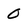
Character: 0